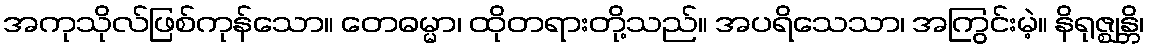
အကုသိုလ်ဖြစ်ကုန်သော။ တေဓမ္မာ၊ ထိုတရားတို့သည်။ အပရိသေသာ၊ အကြွင်းမဲ့။ နိရုဇ္ဈန္တိ၊